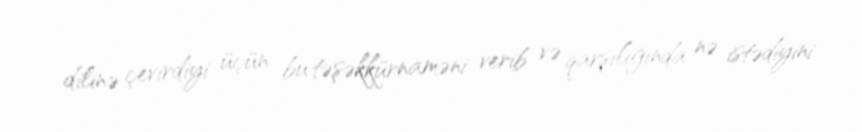
dilinə çevirdiyi üçün bu təşəkkürnaməni verib və qarşılığında nə istədiyini